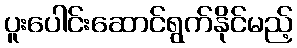
ပူးပေါင်းဆောင်ရွက်နိုင်မည့်